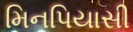
મિનપિયાસી